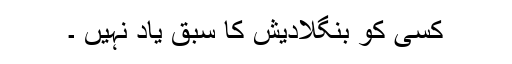
کسی کو بنگلادیش کا سبق یاد نہیں ۔